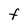
Character: F